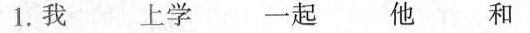
1.我 上学 一起 他 和